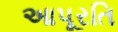
આપૂરતિ